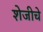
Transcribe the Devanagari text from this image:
शेजीचे